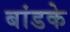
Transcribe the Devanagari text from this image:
बांडके